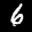
Label: 6